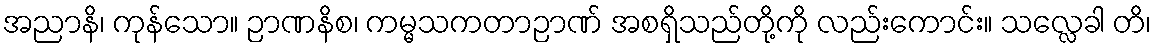
အညာနိ၊ ကုန်သော။ ဉာဏနိစ၊ ကမ္မသကတာဉာဏ် အစရှိသည်တို့ကို လည်းကောင်း။ သလ္လေခါ တိ၊